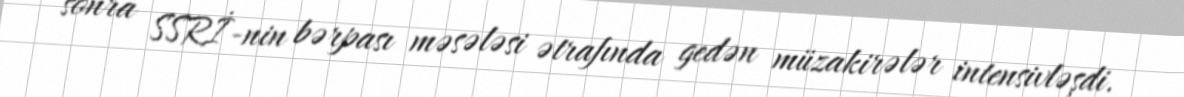
sonra SSRİ-nin bərpası məsələsi ətrafında gedən müzakirələr intensivləşdi.